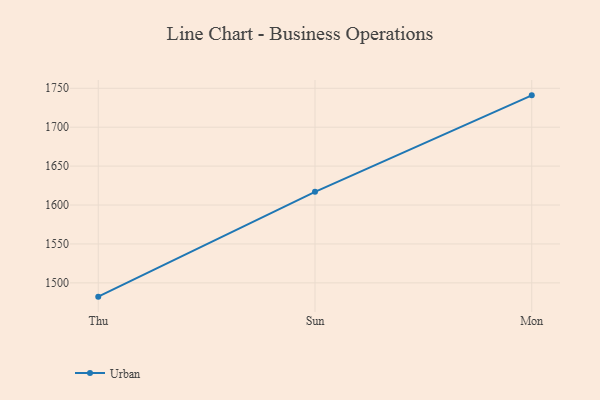
{"axis": {"x": "Day", "y": "Operating Costs (USD K)"}, "legend": ["Urban"], "data": [{"x": "Thu", "y": 1482.3, "type": "Urban"}, {"x": "Sun", "y": 1617.0, "type": "Urban"}, {"x": "Mon", "y": 1740.9, "type": "Urban"}]}